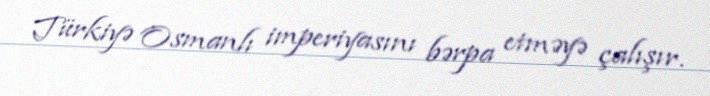
Türkiyə Osmanlı imperiyasını bərpa etməyə çalışır.